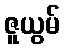
ဇူယွမ်